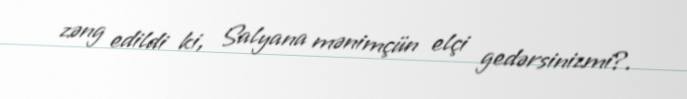
zəng edildi ki, Salyana mənimçün elçi gedərsinizmi?.